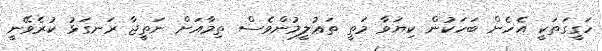
ހަގީގަތަކީ އެހެން ބަހަކުން ކިޔަވާ މަތީ ތަޢުލީމުންވެސް ތިމާއަށް ނަތީޖާ ރަނގަޅު ކުރެވޭނީ